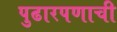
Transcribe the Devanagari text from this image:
पुढारपणाची